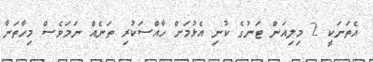
އެތަނަކީ 2 މިލިއަން ޓަނުގެ ކުނި އެޅުމަށް ހާއްސަކުރި ތަނެއް ނަމަވެސް މިހާތަނާ